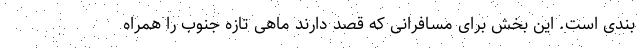
بندی است. این بخش برای مسافرانی که قصد دارند ماهی تازه جنوب را همراه